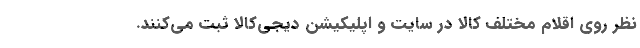
نظر روی اقلام مختلف کالا در سایت و اپلیکیشن دیجی‌کالا ثبت می‌کنند.